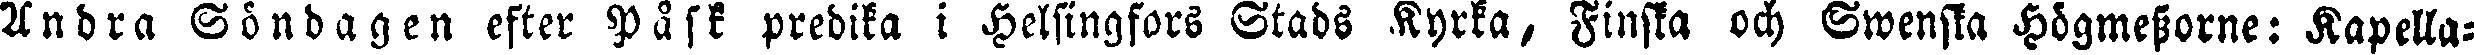
Andra Söndagen efter Påsk predika i Helsingfors Stads Kyrka, Finska och Swenska Högmessorne: Kapella-